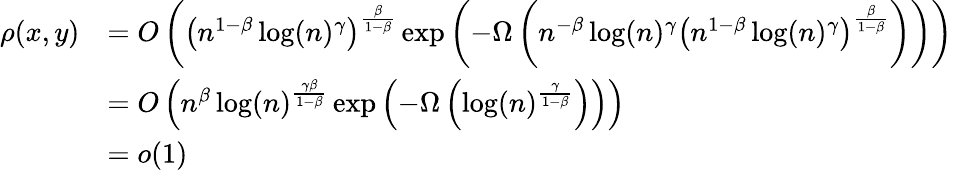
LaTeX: \begin{array}{rl}{\rho(x,y)}&{=O\left(\left(n^{1-\beta}\log(n)^{\gamma}\right)^{\frac{\beta}{1-\beta}}\exp\left(-\Omega\left(n^{-\beta}\log(n)^{\gamma}\left(n^{1-\beta}\log(n)^{\gamma}\right)^{\frac{\beta}{1-\beta}}\right)\right)\right)}\\ &{=O\left(n^{\beta}\log(n)^{\frac{\gamma\beta}{1-\beta}}\exp\left(-\Omega\left(\log(n)^{\frac{\gamma}{1-\beta}}\right)\right)\right)}\\ &{=o(1)}\end{array}